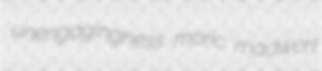
unengagingness moric madwort